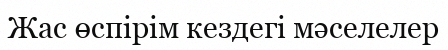
Жас өспірім кездегі мәселелер